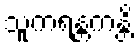
သူကရန္တကန္တိ